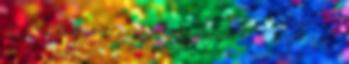
ég fölötti tájra, és így viszi magával a körforgás,